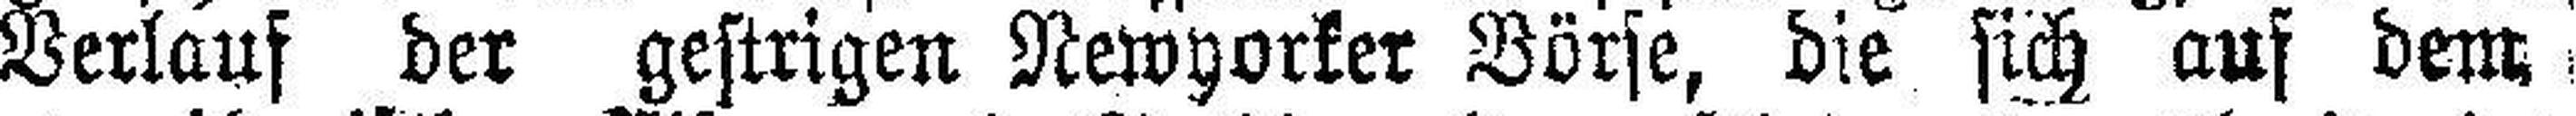
Verlauf der gestrigen Newyorker Börse, die sich auf dem